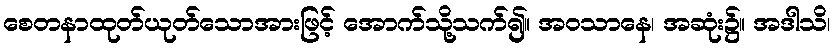
စေတနာထုတ်ယုတ်သောအားဖြင့် အောက်သို့သက်၍။ အဝသာနေ၊ အဆုံး၌။ အဒါသိ၊